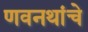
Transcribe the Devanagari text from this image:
णवनथांचे